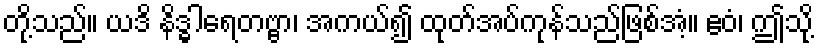
တို့သည်။ ယဒိ နိဒ္ဓါရေတဗ္ဗာ၊ အကယ်၍ ထုတ်အပ်ကုန်သည်ဖြစ်အံ့။ ဧဝံ၊ ဤသို့